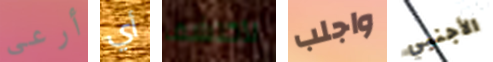
أرعى أي لأكتشف واجلب الأجنبي